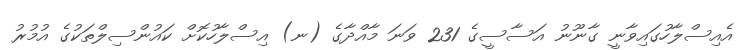
އެއިސްލާހުގައިވާނީ ގާނޫނު އަސާސީގެ 231 ވަނަ މާއްދާގެ (ނ) އިސްލާހުކޮށް ކައުންސިލްތަކުގެ އުމުރު